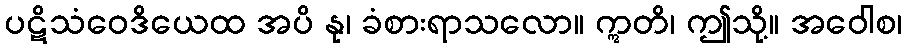
ပဋိသံဝေဒိယေထ အပိ နု၊ ခံစားရာသလော။ ဣတိ၊ ဤသို့။ အဝေါစ၊